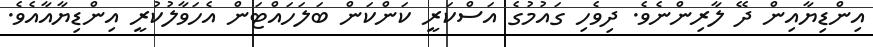
އިންޑިޔާއިން ދޭ ލާރިންނެވެ. ދިވެހި ގައުމުގެ އަސްކަރީ ކަންކަން ބަލަހައްޓަން އެހަވާލުކުރީ އިންޑިޔާއާއެވެ.